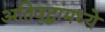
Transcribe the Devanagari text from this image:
अतिवृद्धांमध्ये